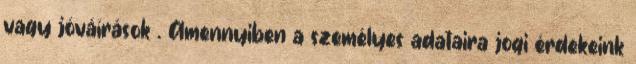
vagy jóváírások . Amennyiben a személyes adataira jogi érdekeink